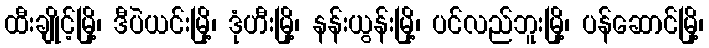
ထီးချိုင့်မြို့၊ ဒီပဲယင်းမြို့၊ ဒုံဟီးမြို့၊ နန်းယွန်းမြို့၊ ပင်လည်ဘူးမြို့၊ ပန်ဆောင်မြို့၊